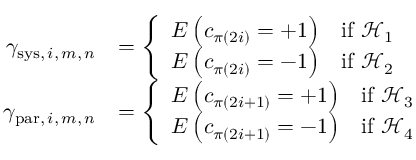
\begin{array} { r l } { \gamma _ { \mathrm { s y s } , \, i , \, m , \, n } } & { = \left\{ \begin{array} { l l } { E \left( c _ { \pi ( 2 i ) } = + 1 \right) } & { \mathrm { i f ~ \mathscr { H } _ 1 ~ } } \\ { E \left( c _ { \pi ( 2 i ) } = - 1 \right) } & { \mathrm { i f ~ \mathscr { H } _ 2 ~ } } \end{array} \right. } \\ { \gamma _ { \mathrm { p a r } , \, i , \, m , \, n } } & { = \left\{ \begin{array} { l l } { E \left( c _ { \pi ( 2 i + 1 ) } = + 1 \right) } & { \mathrm { i f ~ \mathscr { H } _ 3 ~ } } \\ { E \left( c _ { \pi ( 2 i + 1 ) } = - 1 \right) } & { \mathrm { i f ~ \mathscr { H } _ 4 ~ } } \end{array} \right. } \end{array}